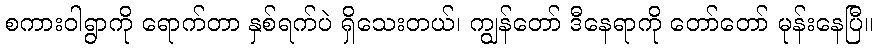
စကားဝါရွာကို ရောက်တာ နှစ်ရက်ပဲ ရှိသေးတယ်၊ ကျွန်တော် ဒီနေရာကို တော်တော် မုန်းနေပြီ။